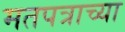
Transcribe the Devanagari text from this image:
मतपत्राच्या